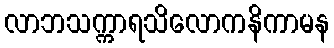
လာဘသက္ကာရသိလောကနိကာမန